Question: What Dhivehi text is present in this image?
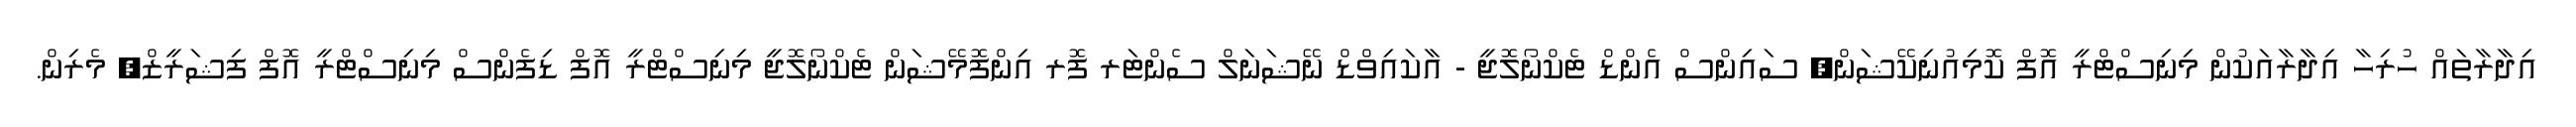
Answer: އިދާރާތައް ހުރިހާ އިދާރާއަކުން މިނިސްޓްރީ އޮފް ކޮމިއުނިކޭޝަން, ސައިންސް އެންޑް ޓެކްނޯލޮޖީ - އާކައިވްޑް ނޭޝަނަލް ސެންޓަރ ފޮރ އިންފޮމޭޝަން ޓެކްނޯލޮޖީ މިނިސްޓްރީ އޮފް ޑިފެންސް މިނިސްޓްރީ އޮފް ފިޝަރީޒް, މެރިން.